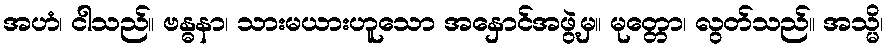
အဟံ၊ ငါသည်။ ဗန္ဓနာ၊ သားမယားဟူသော အနှောင်အဖွဲ့မှ။ မုတ္တော၊ လွတ်သည်။ အသ္မိ၊